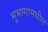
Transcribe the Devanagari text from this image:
भूभागामधील